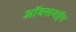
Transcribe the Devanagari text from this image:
ऑक्सनहॅम